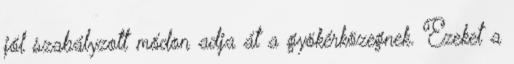
jól szabályzott módon adja át a gyökérközegnek. Ezeket a